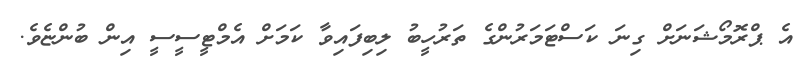
އެ ޕްރޮމޯޝަނަށް ގިނަ ކަސްޓަމަރުންގެ ތަރުހީބު ލިބިފައިވާ ކަމަށް އެމްޓީސީސީ އިން ބުންޏެވެ.